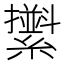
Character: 𦆫